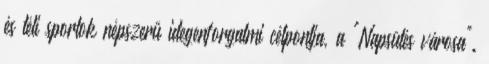
és téli sportok népszerű idegenforgalmi célpontja, a "Napsütés városa".